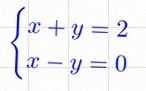
\begin{cases}x+y=2\\x-y=0\end{cases}